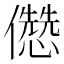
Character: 𠐷